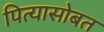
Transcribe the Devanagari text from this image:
पित्यासोबत